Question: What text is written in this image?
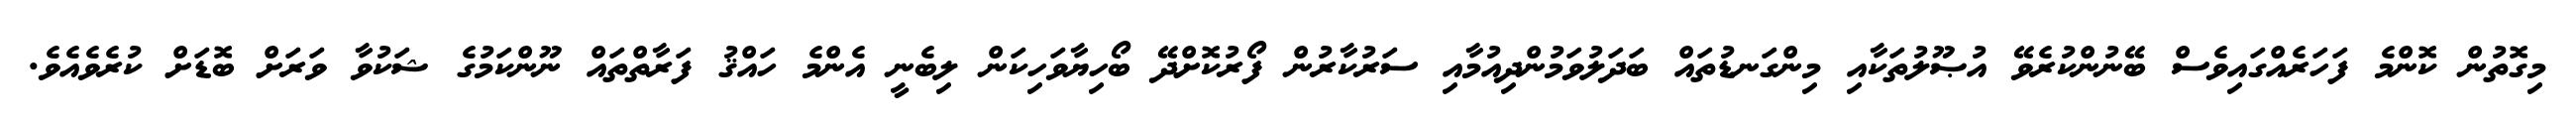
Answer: މިގޮތުން ކޮންމެ ފަހަރެއްގައިވެސް ބޭނުންކުރެވޭ އުޞޫލުތަކާއި މިންގަނޑުތައް ބަދަލުވަމުންދިއުމާއި ސަރުކާރުން ފޯރުކޮށްދޭ ބޯހިޔާވަހިކަން ލިބެނީ އެންމެ ހައްޤު ފަރާތްތައް ނޫންކަމުގެ ޝަކުވާ ވަރަށް ބޮޑަށް ކުރެވެއެވެ.